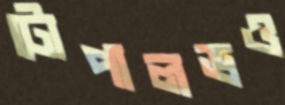
টোপালভও